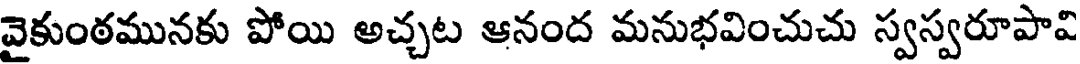
వైకుంఠమునకు పోయి అచ్చట ఆనంద మనుభవించుచు స్వస్వరూపావి